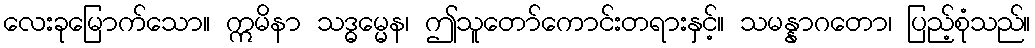
လေးခုမြောက်သော။ ဣမိနာ သဒ္ဓမ္မေန၊ ဤသူတော်ကောင်းတရားနှင့်။ သမန္နာဂတော၊ ပြည့်စုံသည်။